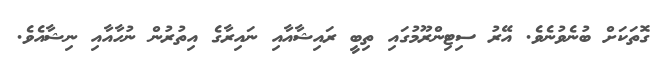
ގޮތަކަށް ބުނެވުނެވެ. އޭރު ސިޓިންރޫމުގައި ތިބީ ރައިޝާއާއި ނައިރާގެ އިތުރުން ނުހާއާއި ނިޝާއެވެ.